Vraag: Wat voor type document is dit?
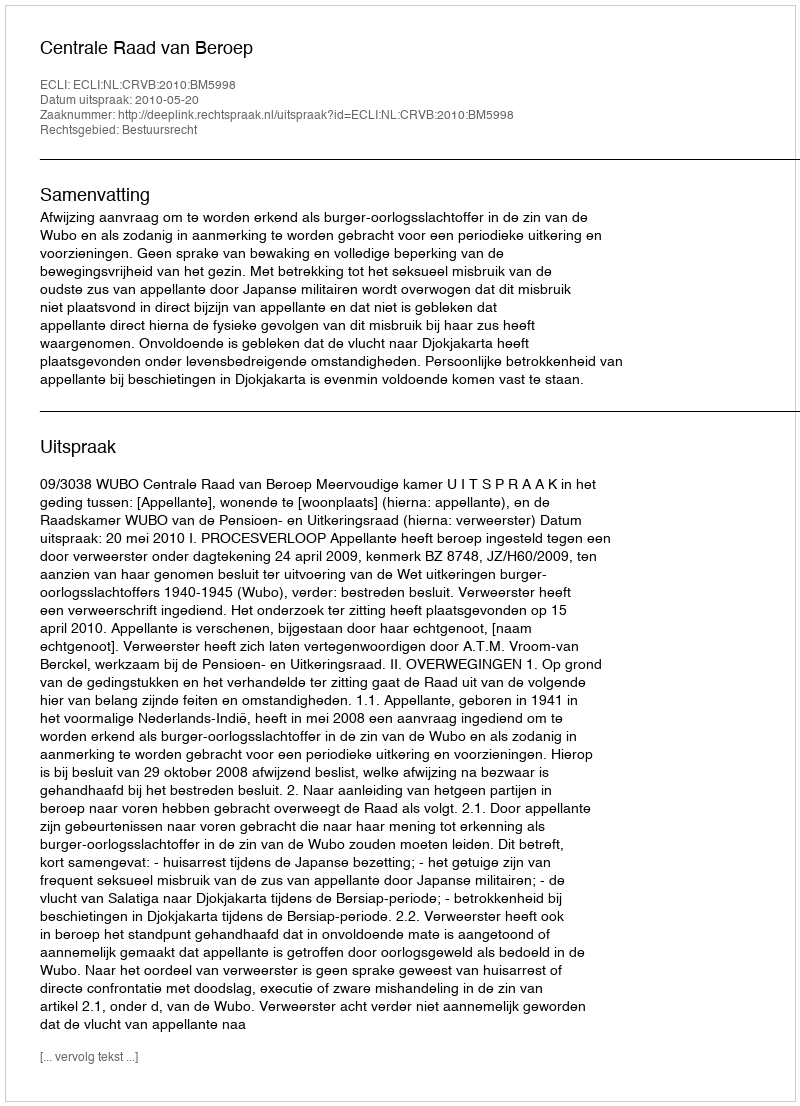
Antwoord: Uitspraak